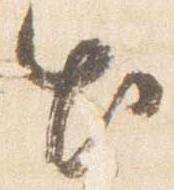
出